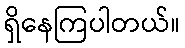
ရှိနေကြပါတယ်။